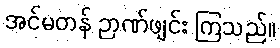
အင်မတန် ဉာဏ်ဖျင်း ကြသည်။